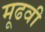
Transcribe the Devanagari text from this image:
मूढवी